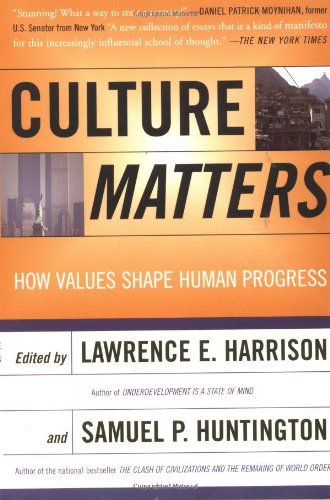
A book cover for Culture Matters: How Values Shape Human Progress; Lawrence E. Harrison; Business & Money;